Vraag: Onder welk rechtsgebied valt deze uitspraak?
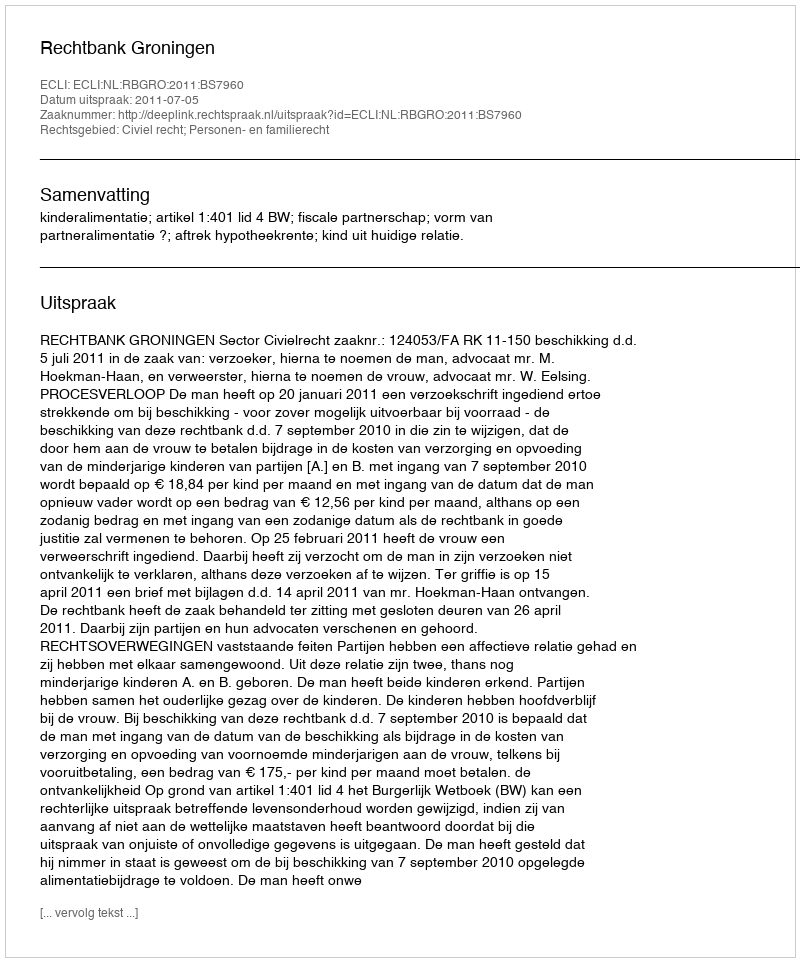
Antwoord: Civiel recht; Personen- en familierecht